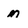
Character: m